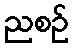
ညစဉ်